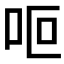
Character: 𠰐